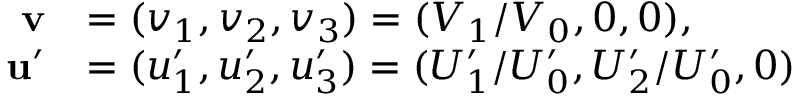
{ \begin{array} { r l } { \mathbf { v } } & { = ( v _ { 1 } , v _ { 2 } , v _ { 3 } ) = ( V _ { 1 } / V _ { 0 } , 0 , 0 ) , } \\ { \mathbf { u } ^ { \prime } } & { = ( u _ { 1 } ^ { \prime } , u _ { 2 } ^ { \prime } , u _ { 3 } ^ { \prime } ) = ( U _ { 1 } ^ { \prime } / U _ { 0 } ^ { \prime } , U _ { 2 } ^ { \prime } / U _ { 0 } ^ { \prime } , 0 ) } \end{array} }